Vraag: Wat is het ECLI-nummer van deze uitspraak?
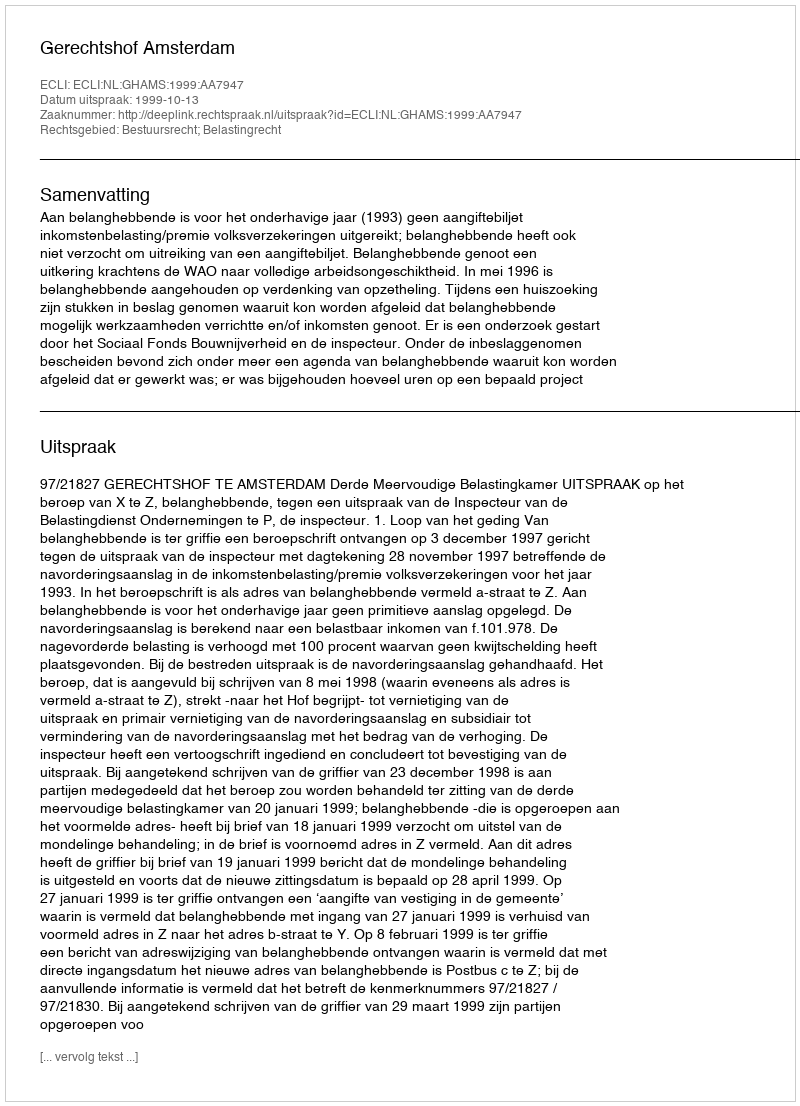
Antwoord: ECLI:NL:GHAMS:1999:AA7947